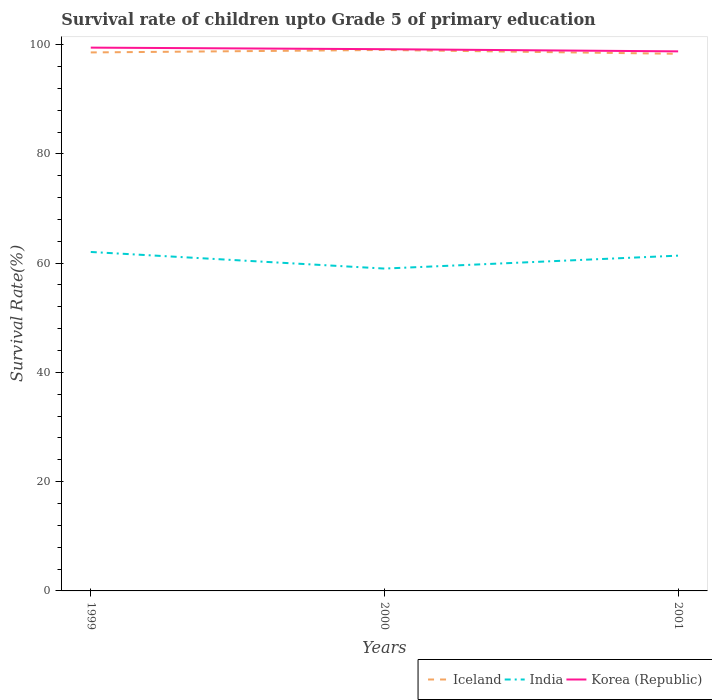
| Years | Iceland | India | Korea (Republic) |
 | --- | --- | --- | --- |
 | 1999 | 98.6 | 62 | 99.5 |
 | 2000 | 99 | 59 | 99.2 |
 | 2001 | 98.3 | 61.4 | 98.8 |